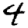
Digit: 4